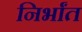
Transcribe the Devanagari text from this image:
निर्भांत